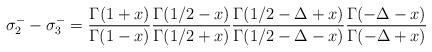
LaTeX: \begin{align*}\sigma_2^--\sigma_3^-= {\Gamma(1+x)\over \Gamma(1-x)}{\Gamma(1/2-x)\over \Gamma(1/2+x)}{\Gamma(1/2-\Delta+x)\over \Gamma(1/2-\Delta-x)}{\Gamma(-\Delta-x)\over \Gamma(-\Delta+x)}\end{align*}